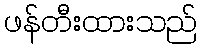
ဖန်တီးထားသည်